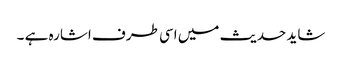
شاید حدیث میں اسی طرف اشارہ ہے ۔